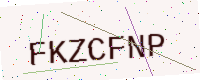
Text: FKZCFNP